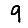
Digit: 9